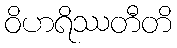
ဝိဟရိဿတီတိ